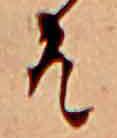
そ